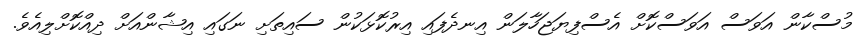
މުސްކާން އަވަސް އަވަސްކޮށް އެސްފިޔަޖަހާލަން އިނދެފައި އިރުކޮޅަކުން ސައިތަށި ނަގައި އިޝާންއަށް ދިއްކޮށްލިއެވެ.